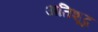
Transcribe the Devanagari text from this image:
अतिशूद्र